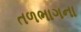
તળભાગના